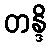
တန္ဒိ